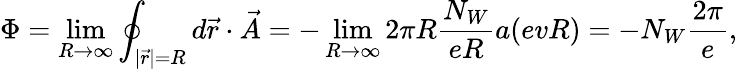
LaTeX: \Phi=\operatorname*{lim}_{R\rightarrow\infty}\oint_{|\vec{r}|=R}d\vec{r}\cdot\vec{A}=-\operatorname*{lim}_{R\rightarrow\infty}2\pi R\frac{N_{W}}{eR}a(evR)=-N_{W}\frac{2\pi}{e},